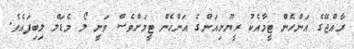
ރާއްޖޭގެ އަންހެން ޓީމާއެކު ރީޔޫނިއަންގެ އަންހެން ޓީމަށްވެސް ވަނީ ލޯ މެޑަލް ލިބިފައެވެ.